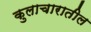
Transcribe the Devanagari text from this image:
कुलाचारातील